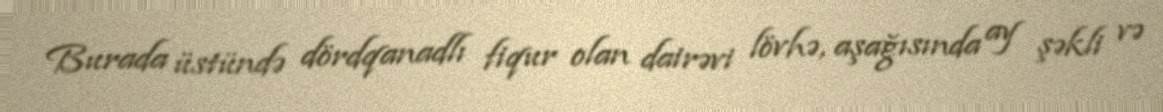
Burada üstündə dördqanadlı fiqur olan dairəvi lövhə, aşağısında ay şəkli və